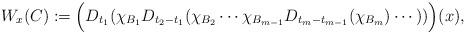
LaTeX: \begin{align*}W_x(C ) :=\Big (D_{t_1}(\chi_{B_1}D_{t_2-t_1}(\chi_{B_2}\cdots\chi_{B_{m-1}} D_{t_m-t_{m-1}}(\chi_{B_m})\cdots))\Big) (x),\end{align*}